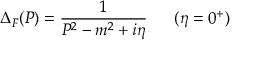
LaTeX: \Delta _ { F } ( P ) = \frac { 1 } { P ^ { 2 } - m ^ { 2 } + i \eta } \; \; \; \; \; \; ( \eta = 0 ^ { + } )